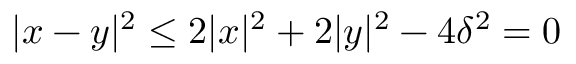
| x - y | ^ { 2 } \leq 2 | x | ^ { 2 } + 2 | y | ^ { 2 } - 4 \delta ^ { 2 } = 0